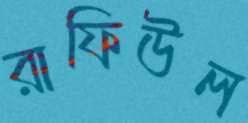
রাফিউল